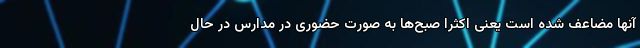
آنها مضاعف شده است یعنی اکثراً صبح‌ها به صورت حضوری در مدارس در حال